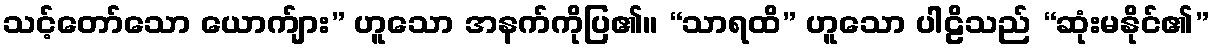
သင့်တော်သော ယောက်ျား” ဟူသော အနက်ကိုပြ၏။ “သာရထိ” ဟူသော ပါဠိသည် “ဆုံးမနိုင်၏”